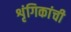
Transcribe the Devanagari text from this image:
शृंगिकांची